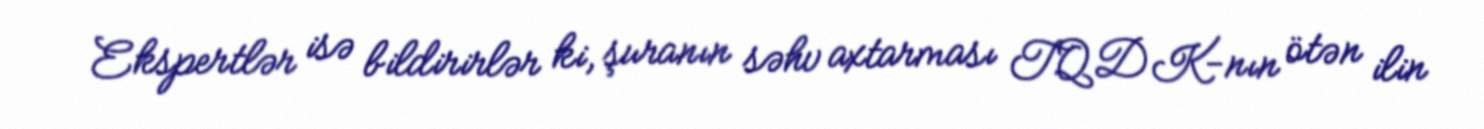
Ekspertlər isə bildirirlər ki, şuranın səhv axtarması TQDK-nın ötən ilin